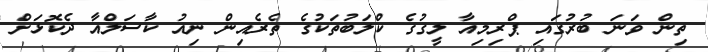
ތިން ވަނަ ބުރުގައި ޕްރިމިއާ ލީގުގެ ކްލަބުތަކުގެ ތެރެއިން ނިއު ކާސަލްއާ ދެކޮޅަށް